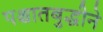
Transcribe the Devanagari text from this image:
पश्चातबुद्धीने